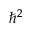
\hbar ^ { 2 }